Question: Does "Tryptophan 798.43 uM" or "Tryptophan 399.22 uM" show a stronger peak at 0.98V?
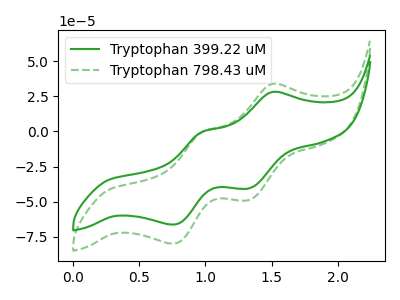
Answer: <think>The green curve "Tryptophan 399.22 uM" has anodic peaks at (1.50V, 28.00uA) (1.00V, -0.30uA) and cathodic peaks at (1.35V, -40.55uA) (0.75V, -66.35uA). The green dashed curve "Tryptophan 798.43 uM" has anodic peaks at (1.50V, 33.70uA) (1.00V, -0.40uA) and cathodic peaks at (1.35V, -48.85uA) (0.75V, -79.90uA).</think>
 <answer>The peak at 0.98V is lower in "Tryptophan 798.43 uM" than in "Tryptophan 399.22 uM".</answer>
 <eval>lower</eval>